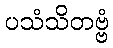
ပသံသိတဗ္ဗံ